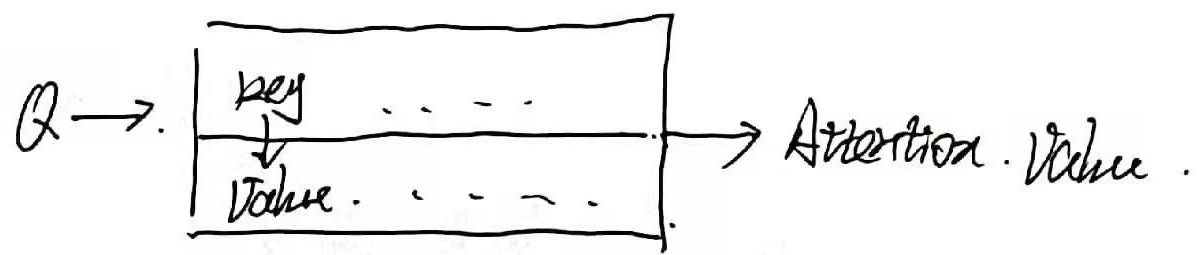
$Q\to\begin{bmatrix}\text{key}\\\text{value}\end{bmatrix}\to\text{Attention}\cdot\text{Value}$